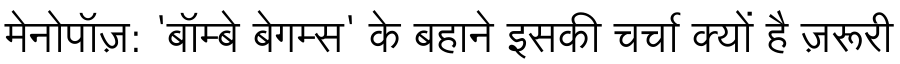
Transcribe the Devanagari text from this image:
मेनोपॉज़: 'बॉम्बे बेगम्स' के बहाने इसकी चर्चा क्यों है ज़रूरी